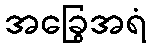
အခြွေအရံ